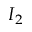
I _ { 2 }